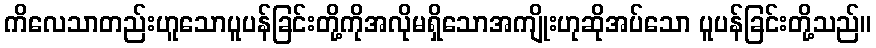
ကိလေသာတည်းဟူသောပူပန်ခြင်းတို့ကိုအလိုမရှိသောအကျိုးဟုဆိုအပ်သော ပူပန်ခြင်းတို့သည်။